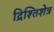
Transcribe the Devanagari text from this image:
द्रिश्तिशेत्र